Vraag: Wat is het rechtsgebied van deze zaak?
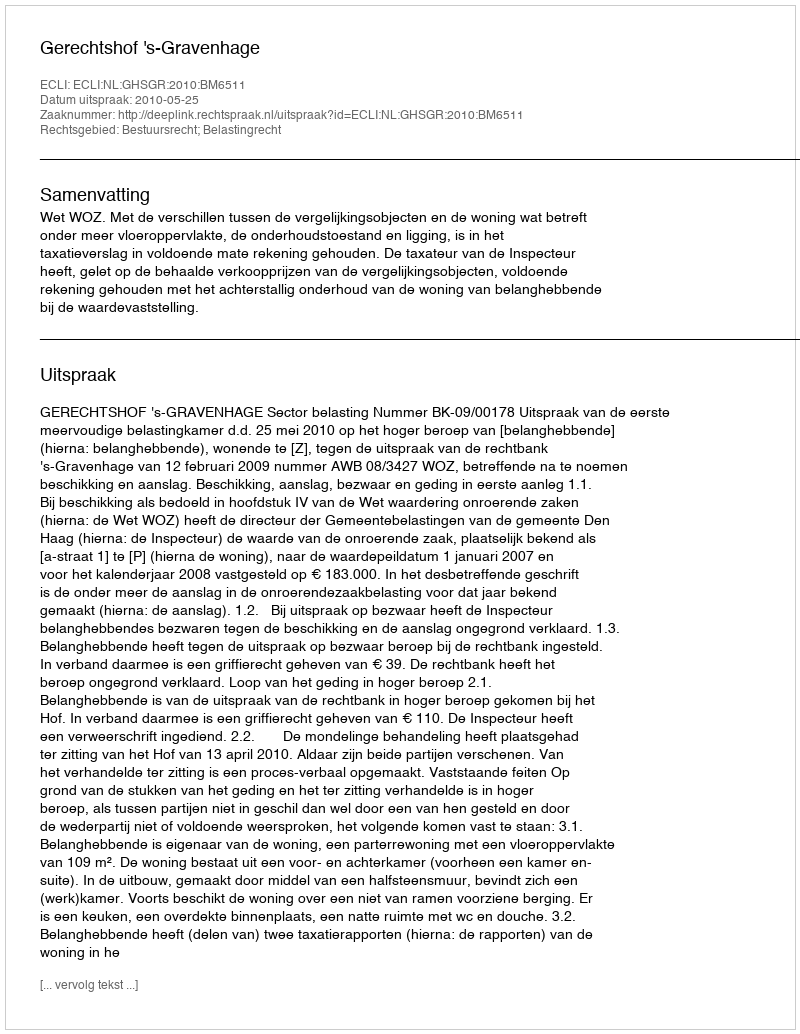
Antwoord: Bestuursrecht; Belastingrecht